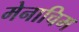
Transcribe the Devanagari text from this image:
मेनाचिम